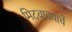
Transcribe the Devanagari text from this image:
मिटवावयाचें